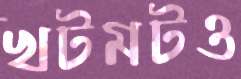
খটমটও